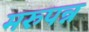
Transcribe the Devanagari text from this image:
मरुपन्न